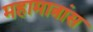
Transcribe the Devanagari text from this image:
महामात्रांस